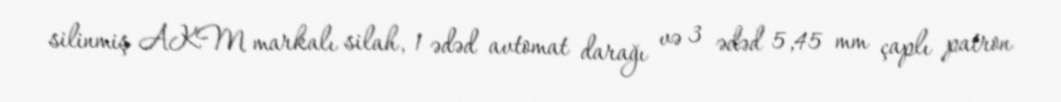
silinmiş AKM markalı silah, 1 ədəd avtomat darağı və 3 ədəd 5,45 mm çaplı patron